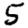
Digit: 5